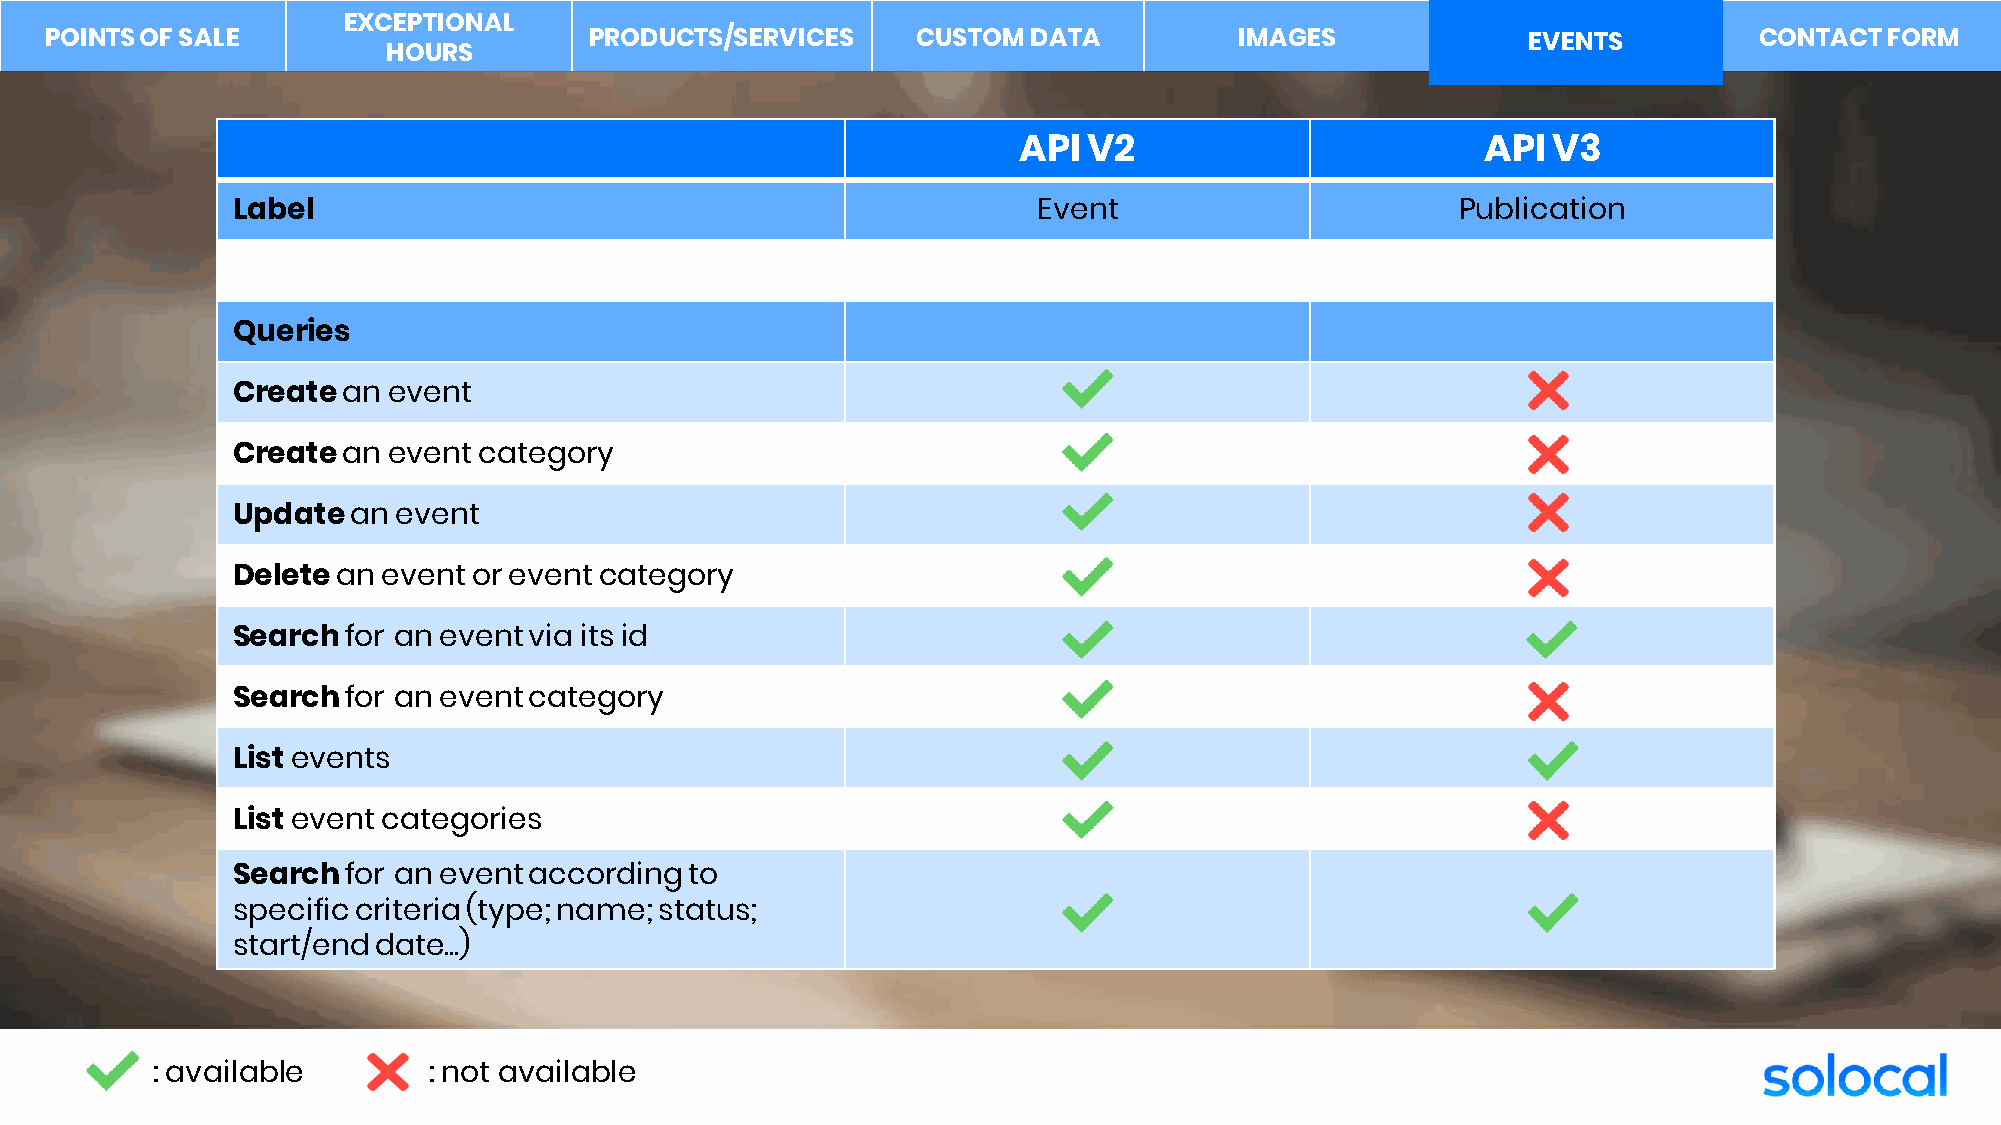
EXCEPTIONAL
 POINTS OF SALE                      PRODUCTS/SERVICES     CUSTOM DATA          IMAGES           ÉVÉENVEEMNTESNTS CONTACT  FORM
 HOURS
 API  V2                        API  V3
 Label                                                 Event                       Publication
 Queries
 Createan   event
 Createan   event category
 Updatean   event
 Deletean  eventor  eventcategory
 Searchfor  an eventvia its id
 Searchfor  aneventcategory
 List events
 List event categories
 Searchfor  an eventaccordingto
 specificcriteria(type; name; status;
 start/end date...)
 : available       : not available